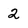
Character: 2